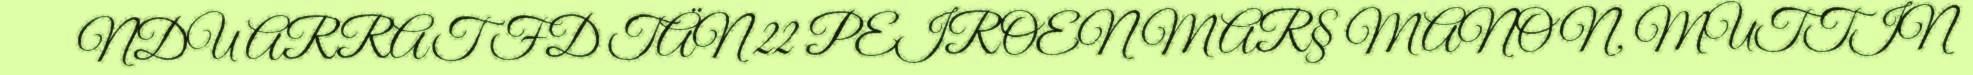
NDU ARRAT FD TÄN 22 PEIROEN MAR§ MANON, MUTTIN